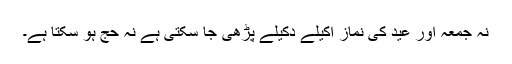
نہ جمعہ اور عید کی نماز اکیلے دکیلے پڑھی جا سکتی ہے نہ حج ہو سکتا ہے۔